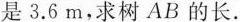
是3.6m，求树AB的长。